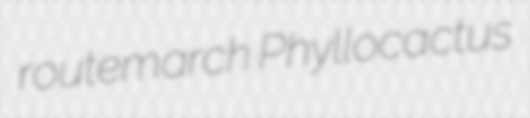
routemarch Phyllocactus